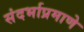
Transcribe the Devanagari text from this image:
संदर्भाप्रमाणे